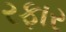
રફાર